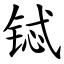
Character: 铽